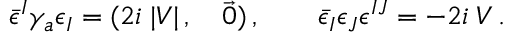
\bar { \epsilon } ^ { I } \gamma _ { a } \epsilon _ { I } = ( 2 i \; | V | \, , \quad \vec { 0 } ) \, , \qquad \bar { \epsilon } _ { I } \epsilon _ { J } \epsilon ^ { I J } = - 2 i \; V \, .